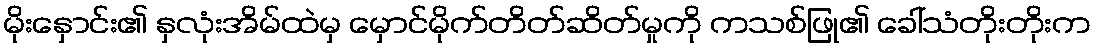
မိုးနှောင်း၏ နှလုံးအိမ်ထဲမှ မှောင်မိုက်တိတ်ဆိတ်မှုကို ကသစ်ဖြု၏ ခေါ်သံတိုးတိုးက